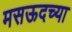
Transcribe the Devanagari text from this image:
मसऊदच्या